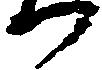
か